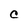
Character: C